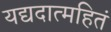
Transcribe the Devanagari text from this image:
यद्यदात्महितं